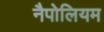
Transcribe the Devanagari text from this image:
नैपोलियम